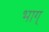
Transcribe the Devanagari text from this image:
भाग्